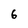
Character: 6